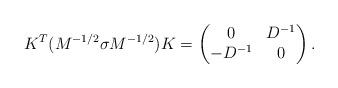
LaTeX: \begin{align*}K^T(M^{-1/2}\sigma M^{-1/2})K=\begin{pmatrix}{} 0 & D^{-1} \\ -D^{-1} & 0 \end{pmatrix}.\end{align*}